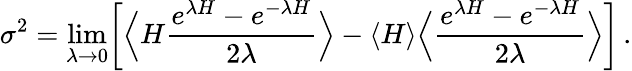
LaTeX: \sigma^{2}=\operatorname*{lim}_{\lambda\rightarrow 0}\biggl[\Big\langle H\frac{e^{\lambda H}-e^{-\lambda H}}{2\lambda}\Big\rangle-\langle H\rangle\Big\langle\frac{e^{\lambda H}-e^{-\lambda H}}{2\lambda}\Big\rangle\biggr]\, .